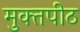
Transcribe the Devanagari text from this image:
मुक्‍तपीठ